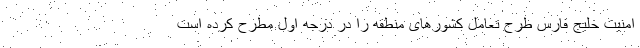
امنیت خلیج فارس طرح تعامل کشورهای منطقه را در درجه اول مطرح کرده است